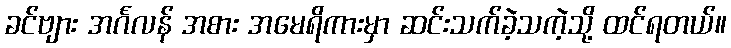
ခင်ဗျား အင်္ဂလန် အစား အမေရိကားမှာ ဆင်းသက်ခဲ့သကဲ့သို့ ထင်ရတယ်။